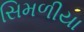
સિમળીયા